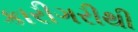
કારીગરીથી